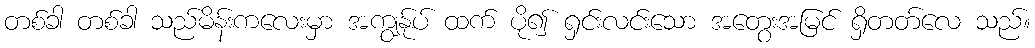
တစ်ခါ တစ်ခါ သည်မိန်းကလေးမှာ အကျွန်ုပ် ထက် ပို၍ ရှင်းလင်းသော အတွေးအမြင် ရှိတတ်လေ သည်။